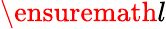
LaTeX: \ensuremath{l}